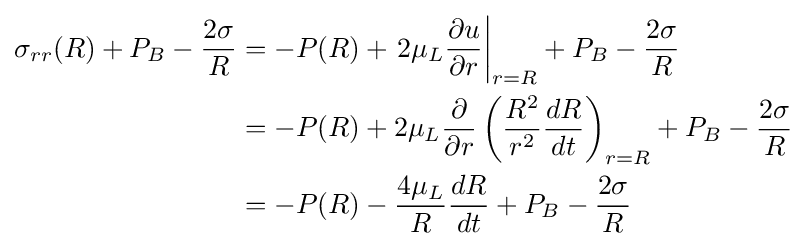
{\begin{aligned}\sigma _{rr}(R)+P_{B}-{\frac {2\sigma }{R}}&=-P(R)+\left.2\mu _{L}{\frac {\partial u}{\partial r}}\right|_{r=R}+P_{B}-{\frac {2\sigma }{R}}\\&=-P(R)+2\mu _{L}{\frac {\partial }{\partial r}}\left({\frac {R^{2}}{r^{2}}}{\frac {dR}{dt}}\right)_{r=R}+P_{B}-{\frac {2\sigma }{R}}\\&=-P(R)-{\frac {4\mu _{L}}{R}}{\frac {dR}{dt}}+P_{B}-{\frac {2\sigma }{R}}\\\end{aligned}}